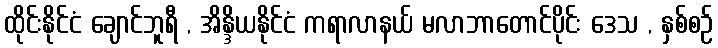
ထိုင်းနိုင်ငံ ချောင်ဘူရီ , အိန္ဒိယနိုင်ငံ ကရာလာနယ် မလာဘာတောင်ပိုင်း ဒေသ , နှစ်စဉ်